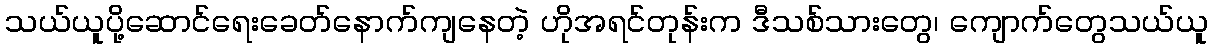
သယ်ယူပို့ဆောင်ရေးခေတ်နောက်ကျနေတဲ့ ဟိုအရင်တုန်းက ဒီသစ်သားတွေ၊ ကျောက်တွေသယ်ယူ